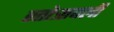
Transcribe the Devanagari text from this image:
स्तोत्रावली